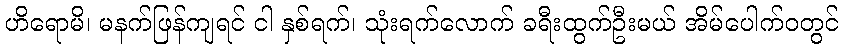
ဟိရောမိ၊ မနက်ဖြန်ကျရင် ငါ နှစ်ရက်၊ သုံးရက်လောက် ခရီးထွက်ဦးမယ် အိမ်ပေါက်ဝတွင်